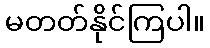
မတတ်နိုင်ကြပါ။